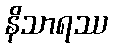
နိသာရဿ